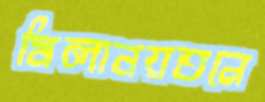
মিলানয়তনে